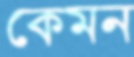
কেমন